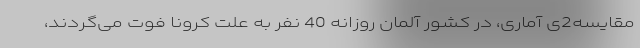
مقایسه2ی آماری، در کشور آلمان روزانه 40 نفر به علت کرونا فوت می‌گردند،